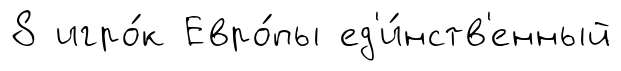
8 игро́к Евро́пы ед'и́нств'енный